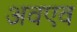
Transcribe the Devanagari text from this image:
अवएव